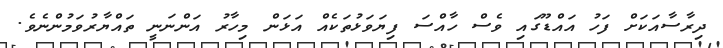
ދިރާސާއަކަށް ފަހު އައްޑޫގައި ވެސް ހާއްސަ ފިޔަވަޅުތަކެއް އަޅަން މިހާރު އަންނަނީ ތައްޔާރުވަމުންނެވެ.